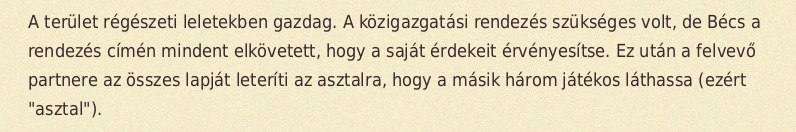
A terület régészeti leletekben gazdag. A közigazgatási rendezés szükséges volt, de Bécs a rendezés címén mindent elkövetett, hogy a saját érdekeit érvényesítse. Ez után a felvevő partnere az összes lapját leteríti az asztalra, hogy a másik három játékos láthassa (ezért "asztal").